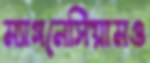
ম্যাগনেসিয়ামও